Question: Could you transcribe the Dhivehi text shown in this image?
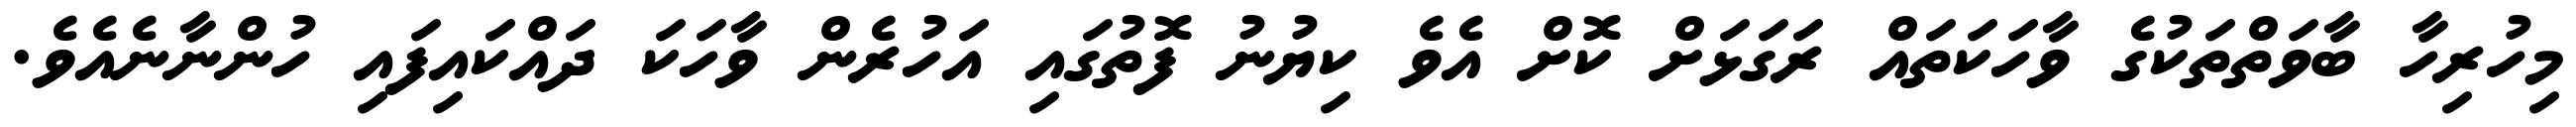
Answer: މިހުރިހާ ބާވަތްތަކުގެ ވާހަކަތައް ރަގަޅަށް ކޮށް އެވެ ކިޔުނު ފޮތުގައި އަހުރެން ވާހަކަ ދައްކައިފައި ހުންނާނެއެވެ.